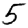
Digit: 5